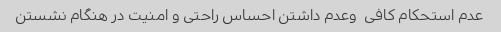
عدم استحکام کافی  وعدم داشتن احساس راحتی و امنیت در هنگام نشستن